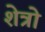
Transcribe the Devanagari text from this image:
शेत्रो